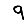
Digit: 9